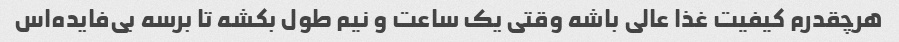
هرچقدرم کیفیت غذا عالی باشه وقتی یک ساعت و نیم طول بکشه تا برسه بی‌فایده‌اس